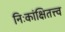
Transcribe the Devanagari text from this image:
निःकांक्षितत्त्व